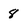
Character: 8